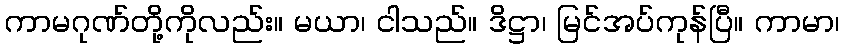
ကာမဂုဏ်တို့ကိုလည်း။ မယာ၊ ငါသည်။ ဒိဋ္ဌာ၊ မြင်အပ်ကုန်ပြီ။ ကာမာ၊